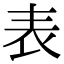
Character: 表